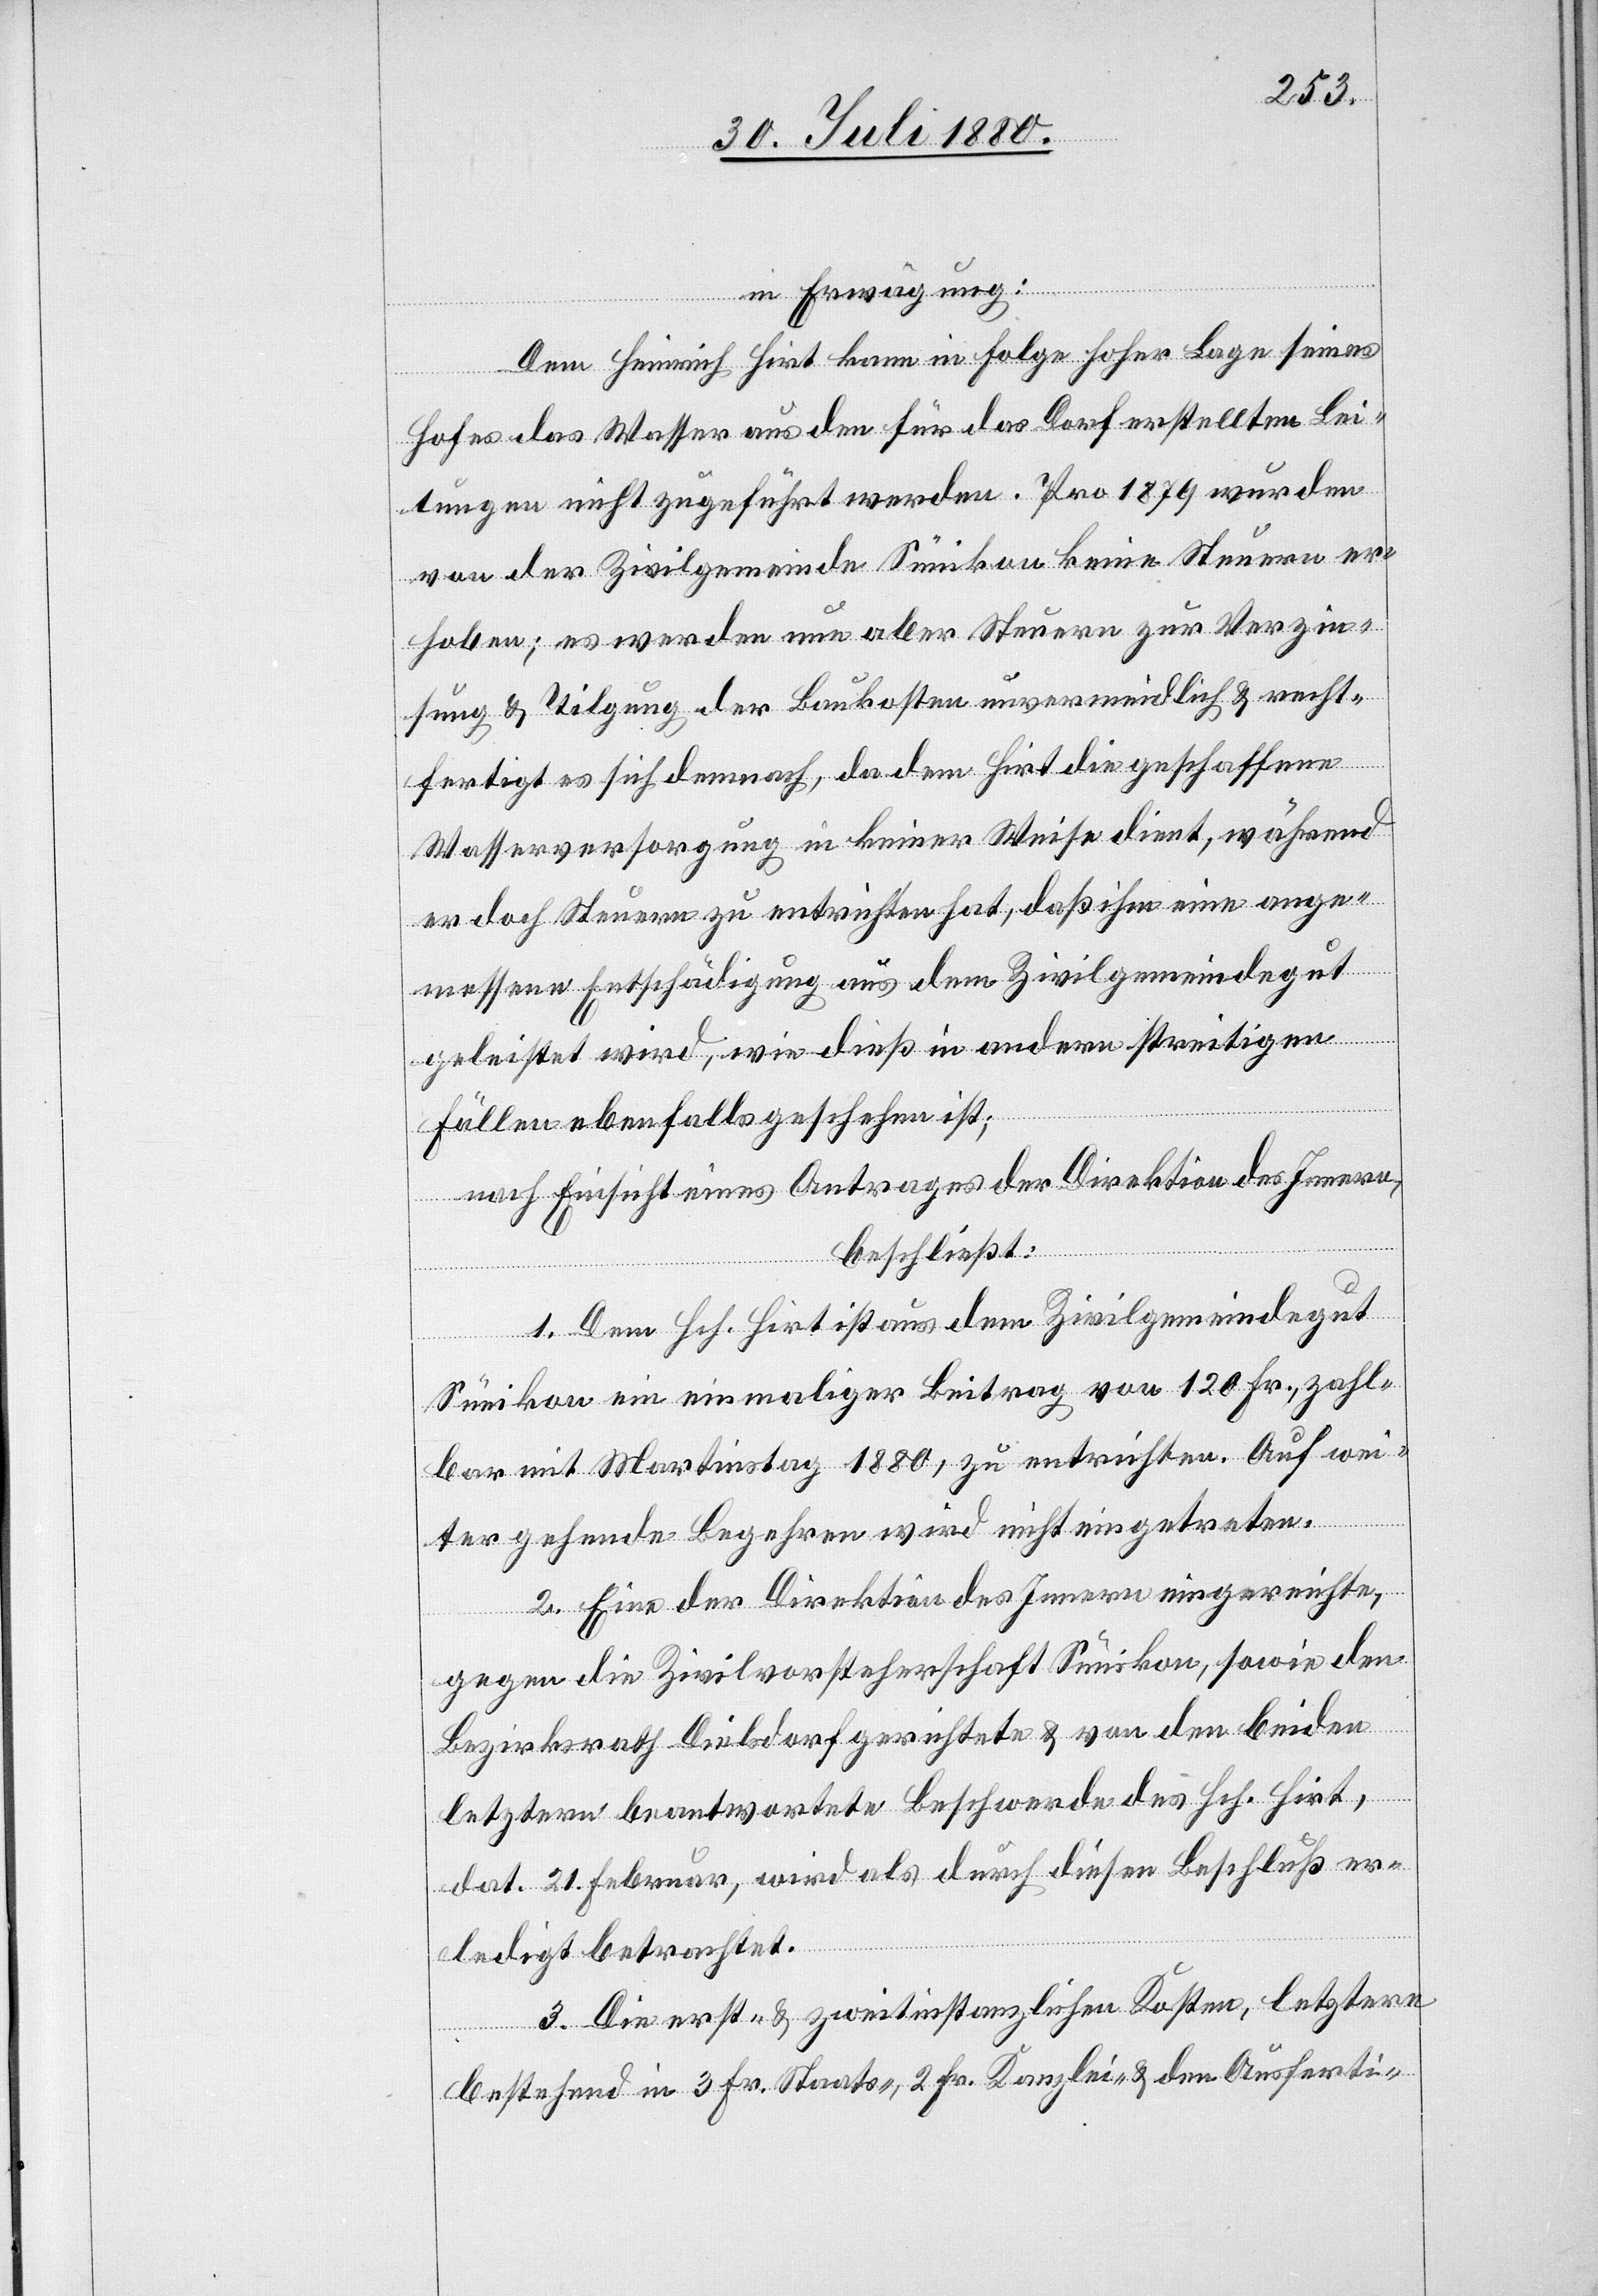
in Erwägung:
Dem Heinrich Hirt kann in Folge hoher Lage seines
Hofes das Wasser aus den für das Dorf erstellten Lei¬
tungen nicht zugeführt werden. Pro 1879 wurden
von der Zivilgemeinde Sünikon keine Steuern er¬
hoben; es werden nun aber Steuern zur Verzin¬
sung & Tilgung der Baukosten unvermeidlich & recht¬
fertigt es sich demnach, da dem Hirt die geschaffene
Wasserversorgung in keiner Weise dient, während
er doch Steuern zu entrichten hat, daß ihm eine ange¬
messene Entschädigung aus dem Zivilgemeindegut
geleistet wird, wie dieß in andern streitigen
Fällen ebenfalls geschehen ist;
nach Einsicht eines Antrages der Direktion des Innern
beschließt:
1. Dem Hch. Hirt ist aus dem Zivilgemeindegut
Sünikon ein einmaliger Beitrag von 120 Fr., zahl¬
bar mit Martinstag 1880, zu entrichten. Auf wei¬
tergehende Begehren wird nicht eingetreten.
2. Eine der Direktion des Innern eingereichte,
gegen die Zivilvorsteherschaft Sünikon, sowie den
Bezirksrath Dielsdorf gerichtete & von den beiden
letztern beantwortete Beschwerde des Hch. Hirt,
dat. 21. Februar, wird als durch diesen Beschluß er¬
ledigt betrachtet.
3. Die erst- & zweitinstanzlichen Kosten, letztere
bestehend in 3 Fr. Staats-, 2 Fr. Kanzlei- & den Ausferti-